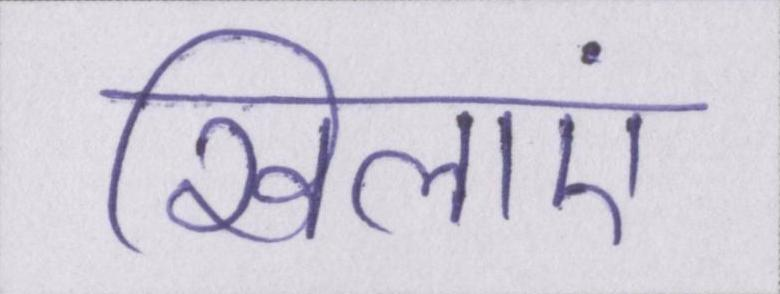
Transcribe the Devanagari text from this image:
खिलाएं